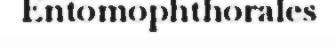
Entomophthorales